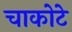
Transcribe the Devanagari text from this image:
चाकोटे